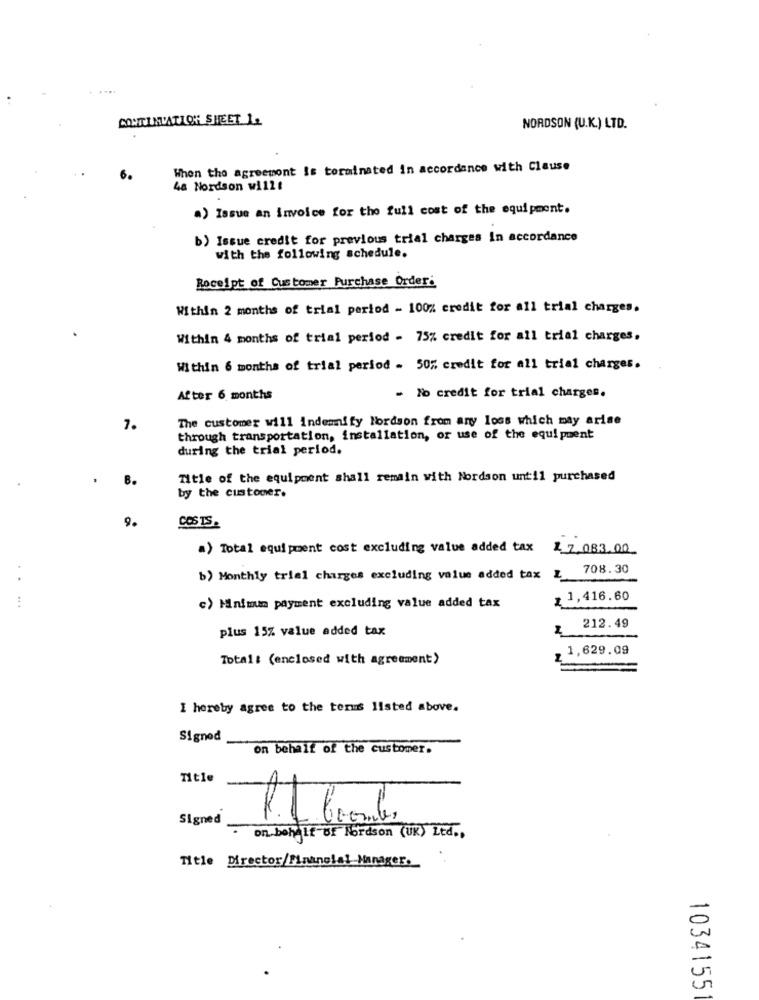
....
CONTINUATION SHEET 1.
NORDSON (U.K.) LTD.
When the agreement is terminated in accordance with Clause
4a Nordson will!
a) Issue an invoice for the full cost of the equipment.
b) Issue credit for previous trial charges In accordance
with the following schedule.
Receipt of Customer Purchase Order:
Within 2 months of trial period - 100% credit for all trial charges.
Within 4 months of trial period - 75% credit for all trial charges.
Within 6 months of trial period . 50% credit for all trial charges.
After 6 months
- No credit for trial charges.
The customer will indemnify fordson from any loss which may arise
7.
through transportation, installation, or use of the equipment
during the trial period.
Title of the equipment shall remain with Nordson until purchased
by the customer.
9.
COS TS.
a) Total equipment cost excluding value added tax 2_7,083.00
708.30
b) Monthly trial charges excluding value added tax
z 1,416.60
c) Minimum payment excluding value added tax
plus 15% value added tax
2
212.49
1,629.09
Total: (enclosed with agreement)
I hereby agree to the terms listed above.
Signed
on behalf of the customer.
Title
Signed
· on behalf of Nordson (UK) Ltd .,
Title Director/Financial Manager.
1034155